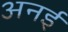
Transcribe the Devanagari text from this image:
अनई